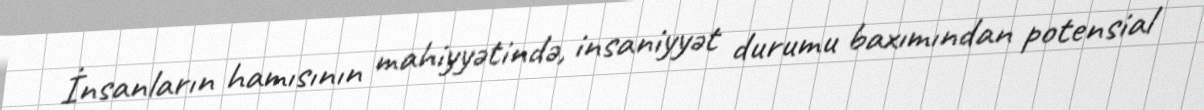
İnsanların hamısının mahiyyətində, insaniyyət durumu baxımından potensial